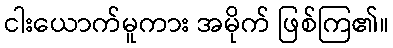
ငါးယောက်မူကား အမိုက် ဖြစ်ကြ၏။